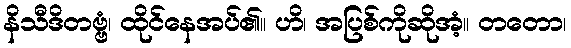
နိသီဒိတဗ္ဗံ၊ ထိုင်နေအပ်၏။ ဟိ၊ အပြစ်ကိုဆိုအံ့။ တတော၊